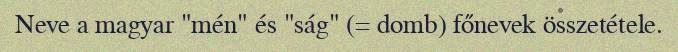
Neve a magyar "mén" és "ság" (= domb) főnevek összetétele.